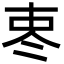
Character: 栆